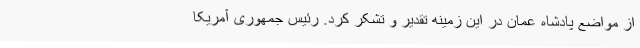
از مواضع پادشاه عمان در این زمینه تقدیر و تشکر کرد. رئیس جمهوری آمریکا